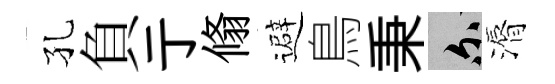
孔負亍翛避鳥秉爾漘